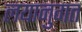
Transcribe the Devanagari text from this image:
लयानुगत